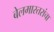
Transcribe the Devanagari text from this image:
बेलमास्तरांचा